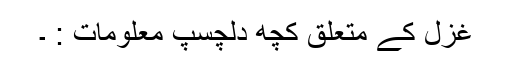
غزل کے متعلق کچھ دلچسپ معلومات : ۔